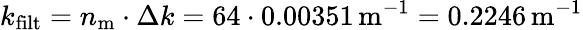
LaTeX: k_{\mathrm{filt}}=n_{\mathrm{m}}\cdot\Delta k=64\cdot 0.00351\, \mathrm{m}^{-1}=0.2246\, \mathrm{m}^{-1}